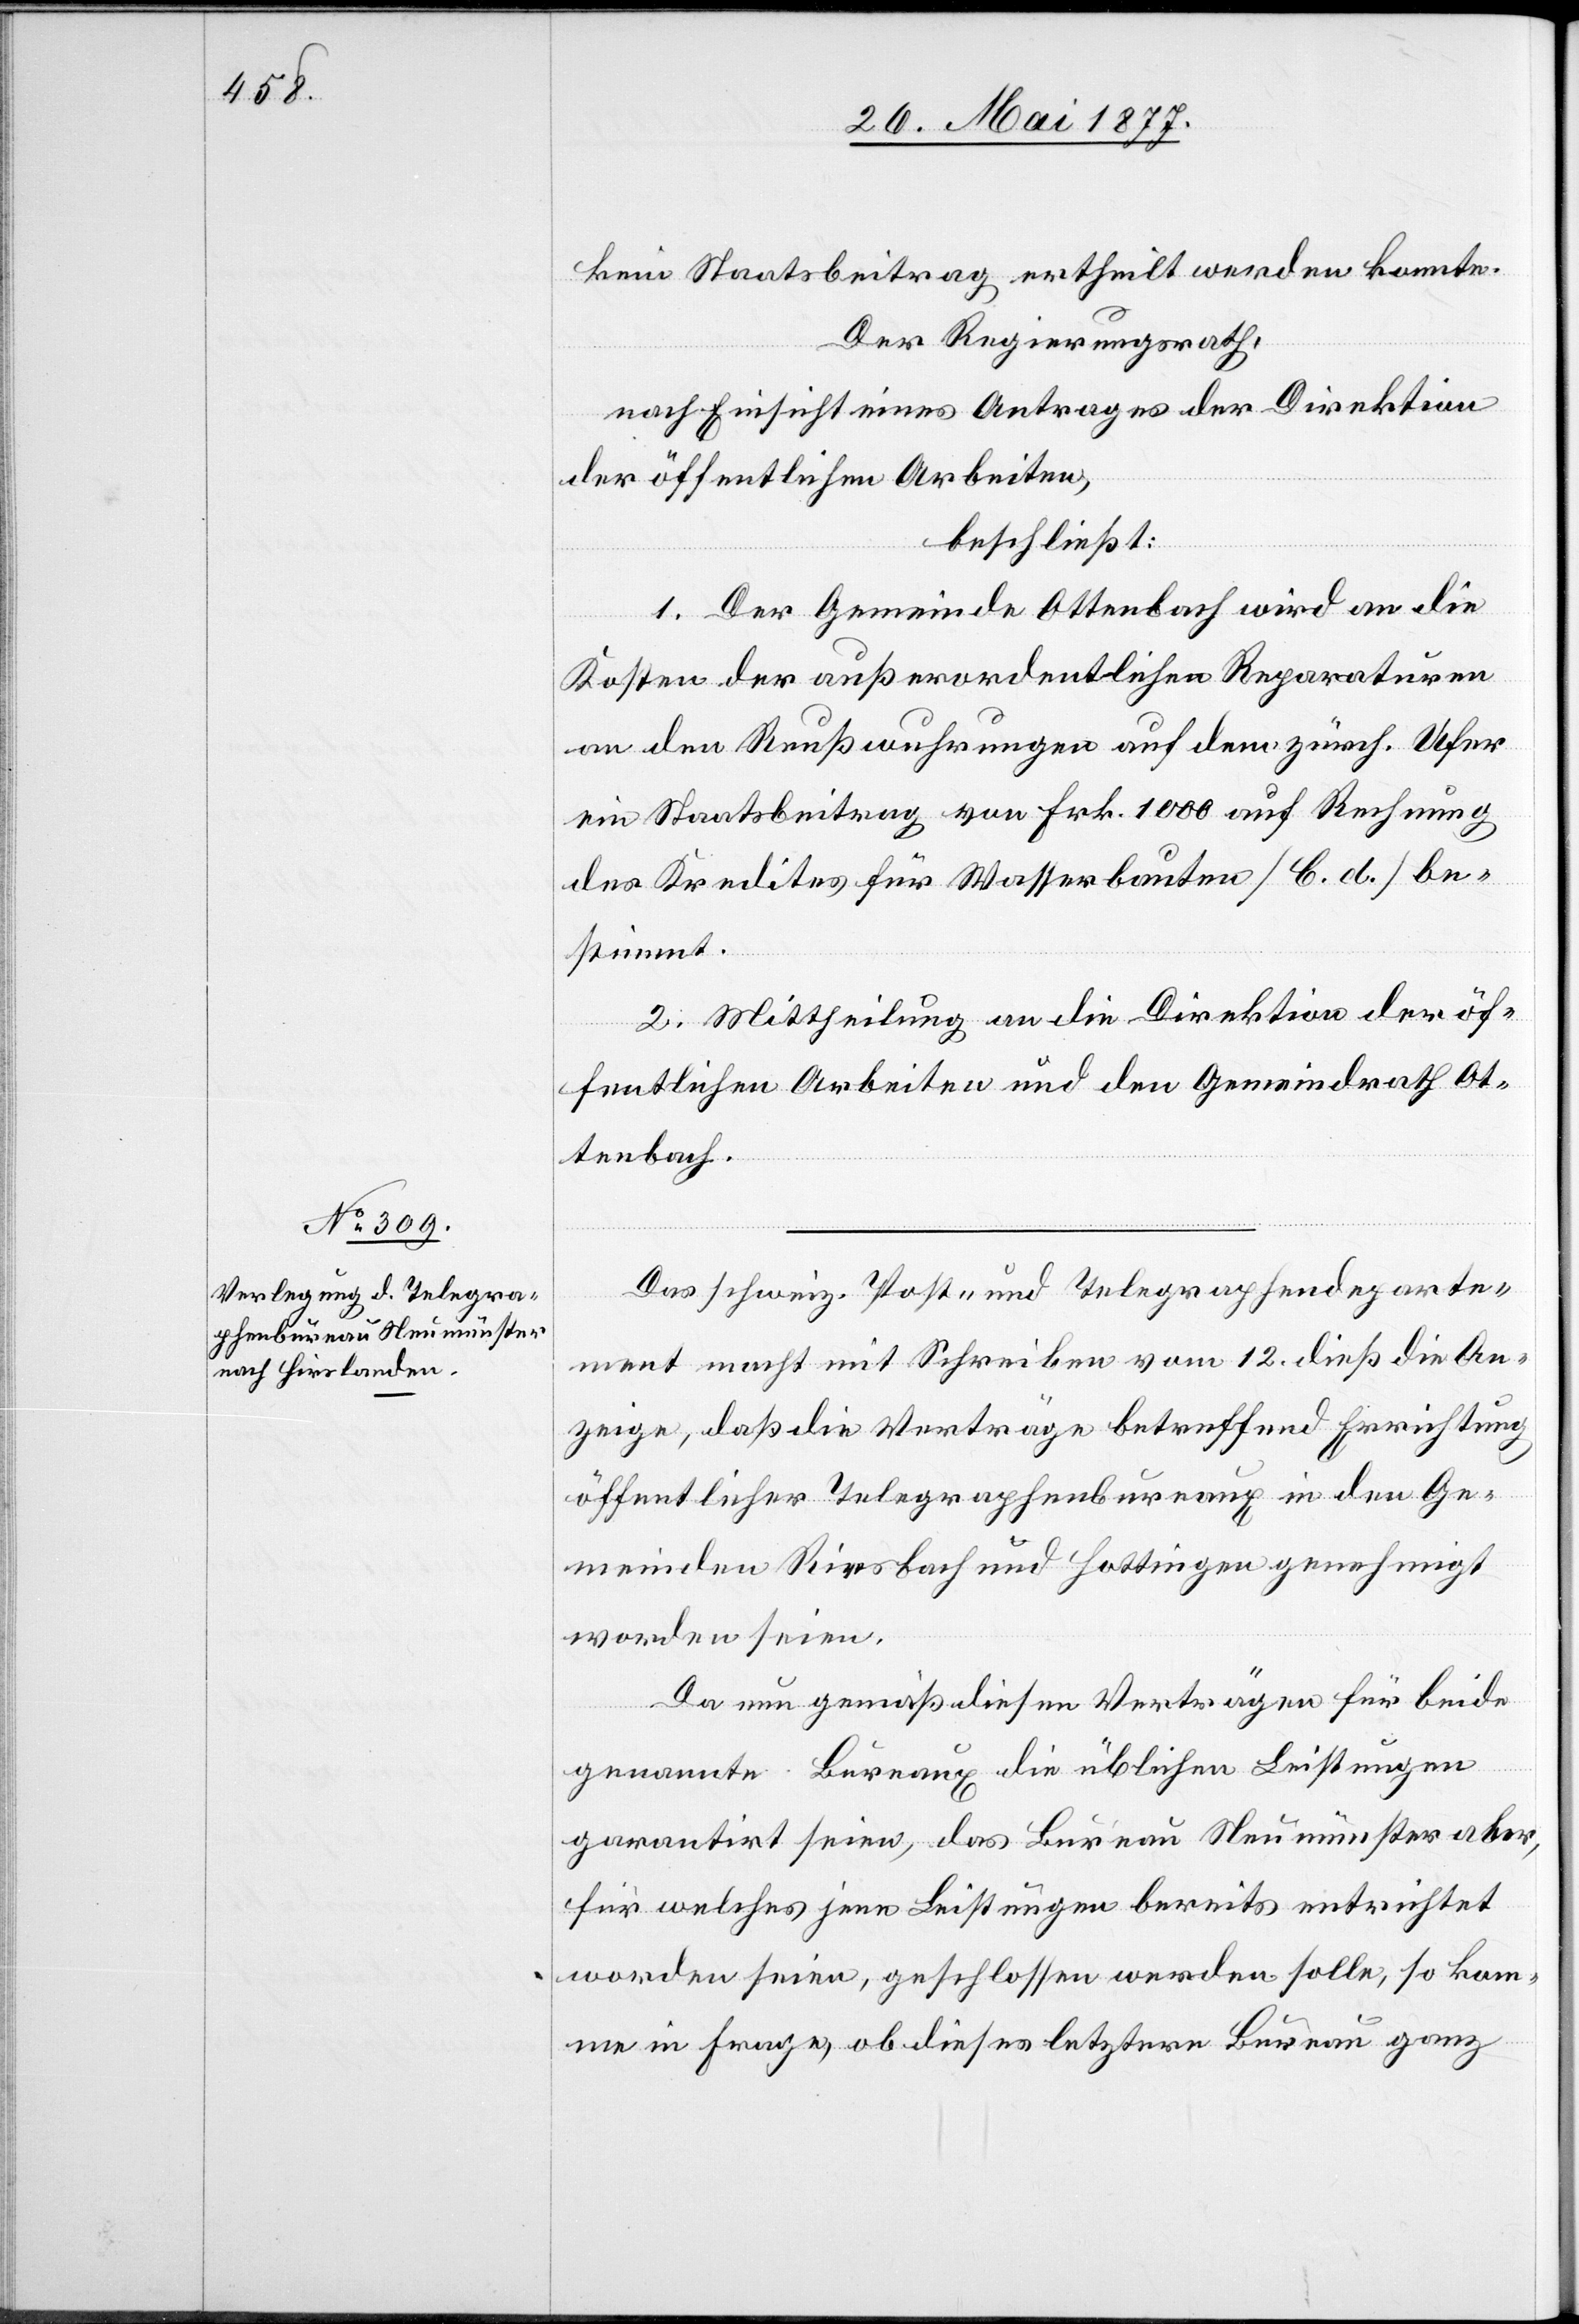
kein Staatsbeitrag ertheilt werden konnte.
Der Regierungsrath,
nach Einsicht eines Antrages der Direktion
der öffentlichen Arbeiten,
beschließt:
1. Der Gemeinde Ottenbach wird an die
Kosten der außerordentlichen Reparaturen
an den Reußwuhrungen auf dem zürch. Ufer
ein Staatsbeitrag von Frk. 1000 auf Rechnung
den Kredites für Wasserbauten [C. d.] be¬
stimmt.
2. Mittheilung an die Direktion der öf¬
fentlichen Arbeiten und den Gemeindrath Ot¬
tenbach.
Das schweiz. Post- und Telegraphendeparte¬
ment macht mit Schreiben vom 12. dieß die An¬
zeige, daß die Verträge betreffend Errichtung
öffentlicher Telegraphenbureaux in den Ge¬
meinde Riesbach und Hottingen genehmigt
worden seien.
Da nun gemäß diesen Verträgen für beide
genannten Bureaux die üblichen Leistungen
garantirt seien, das Bureau Neumünster aber,
für welches jene Leistungen bereits entrichtet
worden seien, geschlossen werden solle, so kom¬
me in Frage, ob dieses letztere Bureau ganz